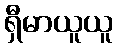
ရှီမာယူယူ